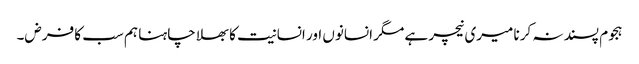
ہجوم پسند نہ کرنا میری نیچر ہے مگر انسانوں اور انسانیت کا بھلا چاہنا ہم سب کا فرض۔